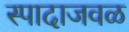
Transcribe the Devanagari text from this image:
स्पादाजवळ